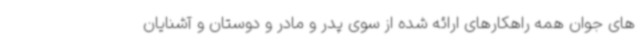
های جوان همه راهکارهای ارائه شده از سوی پدر و مادر و دوستان و آشنایان